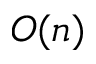
O ( n )